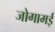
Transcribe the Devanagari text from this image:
जोगामई